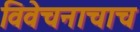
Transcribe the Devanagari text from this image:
विवेचनाचाच